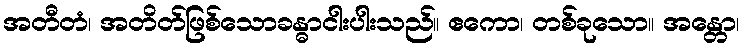
အတီတံ၊ အတိတ်ဖြစ်သောခန္ဓာငါးပါးသည်။ ဧကော၊ တစ်ခုသော။ အန္တော၊